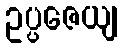
ဥပ္ပဇေယျ